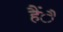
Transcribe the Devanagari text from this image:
हैंै